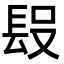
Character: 𨱮